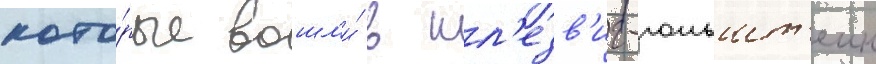
кото́рые вошл'и́ в шл'езв'иг-гольшт'еин